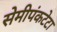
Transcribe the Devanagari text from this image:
सेमीपंकटेटा